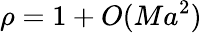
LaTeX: \rho=1+O(Ma^{2})